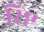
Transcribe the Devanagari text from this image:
रिष्ट